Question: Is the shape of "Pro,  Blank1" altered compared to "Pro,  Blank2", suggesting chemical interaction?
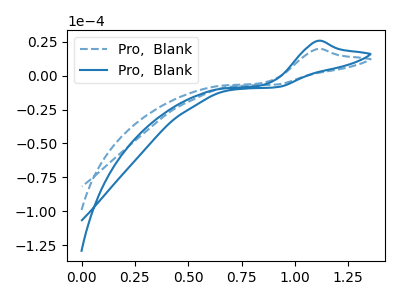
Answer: <think>The blue dashed curve "Pro,  Blank1" has an anodic peak at: (1.10V, 19.70uA). The blue curve "Pro,  Blank2" has an anodic peak at: (1.10V, 25.70uA).
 All the peaks in "Pro,  Blank1" have a peak in "Pro,  Blank2" at the same potential. Every peak in "Pro,  Blank1" is lower than every peak in "Pro,  Blank2".</think>
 <answer>No, "Pro,  Blank1" and "Pro,  Blank2" don't appear to be significantly different in shape</answer>
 <eval>no_change</eval>